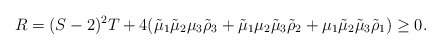
\begin{align*} R = (S - 2)^2 T + 4(\tilde{\mu}_1 \tilde{\mu}_2 \mu_3 \tilde{\rho}_3 + \tilde{\mu}_1 \mu_2 \tilde{\mu}_3 \tilde{\rho}_2 + \mu_1 \tilde{\mu}_2 \tilde{\mu}_3 \tilde{\rho}_1) \geq 0. \end{align*}